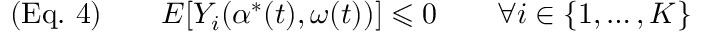
( { \mathrm { E q . ~ } } 4 ) \qquad E [ Y _ { i } ( \alpha ^ { * } ( t ) , \omega ( t ) ) ] \leqslant 0 \qquad \forall i \in \{ 1 , \ldots , K \}